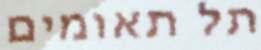
תל תאומים